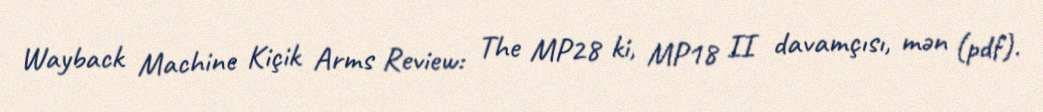
Wayback Machine Kiçik Arms Review: The MP28 ki, MP18 II davamçısı, mən (pdf).